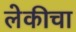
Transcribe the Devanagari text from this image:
लेकीचा